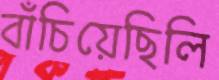
বাঁচিয়েছিলি